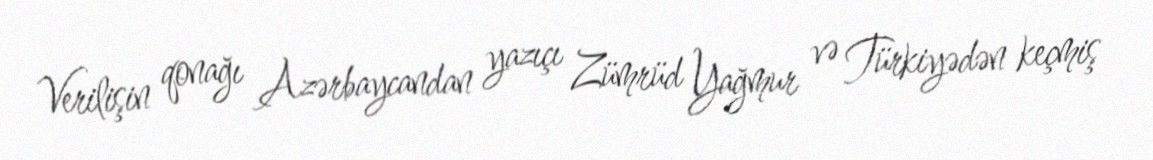
Verilişin qonağı Azərbaycandan yazıçı Zümrüd Yağmur və Türkiyədən keçmiş